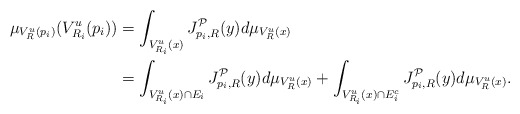
\begin{align*} \mu_{V^u_R(p_i)}(V^u_{R_i}(p_i)) & = \int_{V^u_{R_i}(x)}J_{p_i, R}^{\mathcal{P}}(y) d\mu_{V^u_{R}(x)} \\ & = \int_{V^u_{R_i}(x) \cap E_i}J_{p_i, R}^{\mathcal{P}} (y) d\mu_{V^u_{R}(x)} + \int_{V^u_{R_i}(x) \cap E_i^c}J_{p_i, R}^{\mathcal{P}}(y) d\mu_{V^u_{R}(x)}. \end{align*}